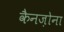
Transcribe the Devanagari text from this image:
कैनज़ोना